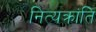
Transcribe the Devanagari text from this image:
नित्यक्रांति